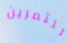
للتمرين